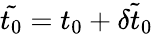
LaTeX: \tilde{t_{0}}=t_{0}+\tilde{\delta t_{0}}